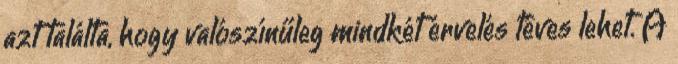
azt találta, hogy valószínűleg mindkét érvelés téves lehet. A